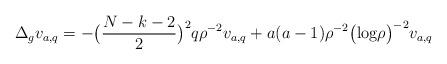
LaTeX: \begin{align*}\Delta_g v_{a,q}=-\bigl(\frac{N-k-2}{2}\bigl)^2 q \rho^{-2} v_{a,q}+ a(a-1) \rho^{-2}\bigl(\textrm{log} \rho\bigl)^{-2} v_{a,q}\end{align*}